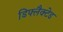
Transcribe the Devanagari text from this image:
डिफ्लैक्टेड